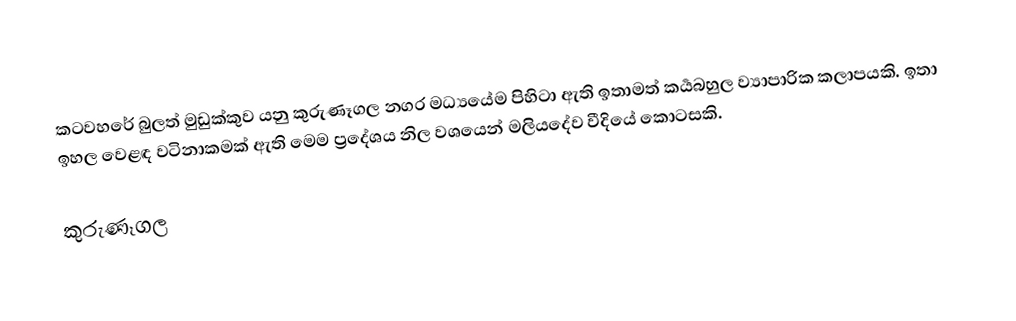
කටවහරේ බුලත් මුඩුක්කුව යනු කුරුණෑගල නගර මධ්‍යයේම පිහිටා ඇති ඉතාමත් කර්‍යබහුල ව්‍යාපාරික කලාපයකි. ඉතා ඉහල වෙළඳ වටිනාකමක් ඇති මෙම ප්‍රදේශය නිල වශයෙන් මලියදේව වීදියේ කොටසකි.

කුරුණෑගල